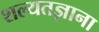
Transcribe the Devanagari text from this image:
शल्यतज्ञाना